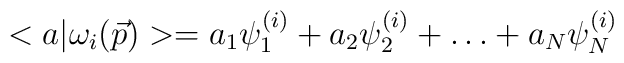
<a|\omega_{i}(\vec{p})>=a_{1}\psi_{1}^{(i)}+a_{2}\psi_{2}^{(i)}+\ldots+a_{N}\psi_{N}^{(i)}